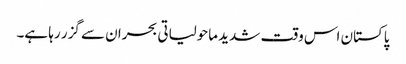
پاکستان اس وقت شدید ماحولیاتی بحران سے گزر رہا ہے۔